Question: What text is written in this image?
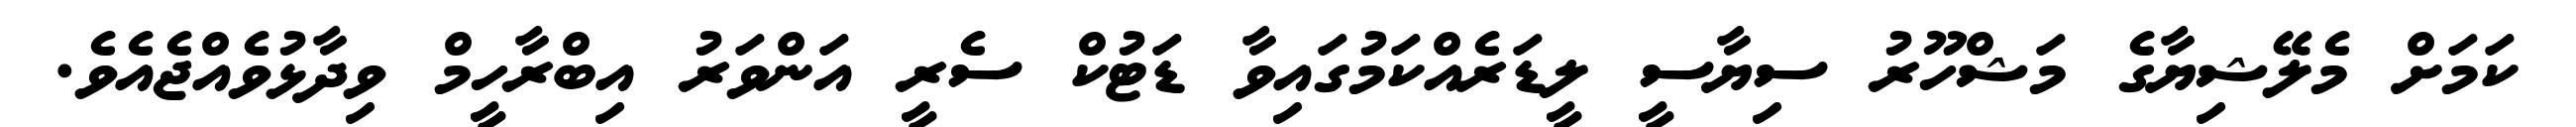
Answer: ކަމަށް މެލޭޝިޔާގެ މަޝްހޫރު ސިޔާސީ ލީޑަރެއްކަމުގައިވާ ޑަޓުކް ސެރީ އަންވަރު އިބްރާހީމް ވިދާޅުވެއްޖެއެވެ.